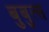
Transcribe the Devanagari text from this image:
बुबुत्स